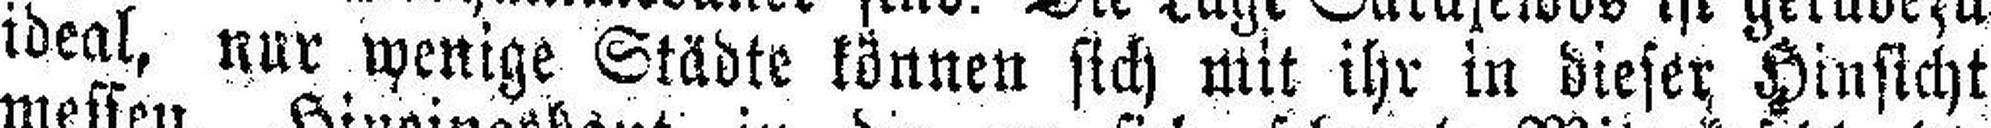
ideal, nur wenige Städte können sich mit ihr in dieser Hinsicht